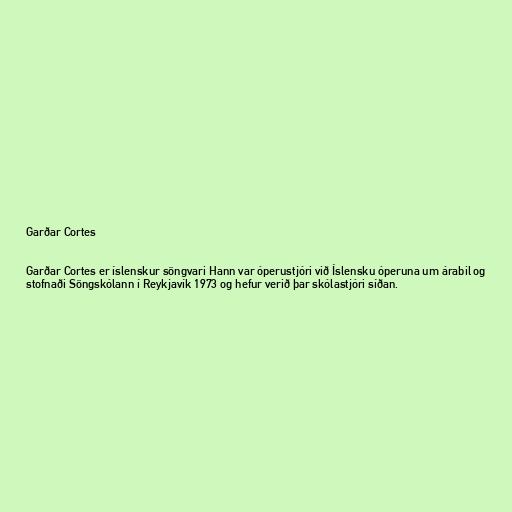
Garðar Cortes

Garðar Cortes er íslenskur söngvari Hann var óperustjóri við Íslensku óperuna um árabil og
stofnaði Söngskólann í Reykjavík 1973 og hefur verið þar skólastjóri síðan.